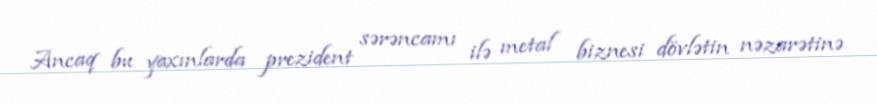
Ancaq bu yaxınlarda prezident sərəncamı ilə metal biznesi dövlətin nəzarətinə